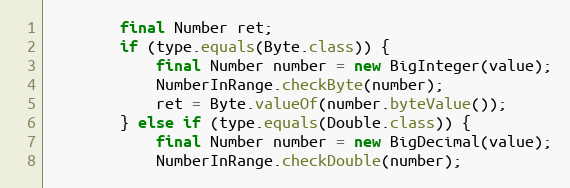
Language: Java
		final Number ret;
		if (type.equals(Byte.class)) {
			final Number number = new BigInteger(value);
			NumberInRange.checkByte(number);
			ret = Byte.valueOf(number.byteValue());
		} else if (type.equals(Double.class)) {
			final Number number = new BigDecimal(value);
			NumberInRange.checkDouble(number);